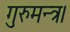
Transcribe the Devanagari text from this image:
गुरुमन्त्र।